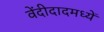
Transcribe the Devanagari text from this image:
वेंदीदादमध्यें